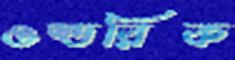
ওল্ডরিক